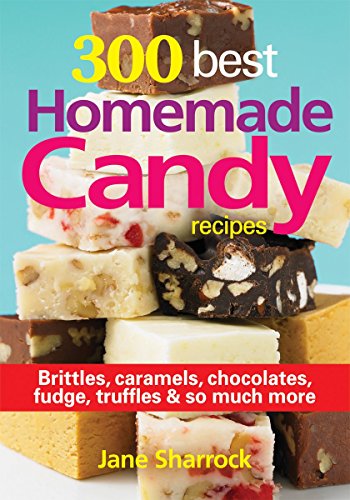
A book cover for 300 Best Homemade Candy Recipes: Brittles, Caramels, Chocolate, Fudge, Truffles and So Much More; Jane Sharrock; Cookbooks, Food & Wine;